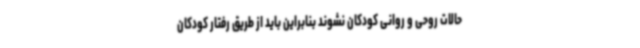
حالات روحی و روانی کودکان نشوند بنابراین باید از طریق رفتار کودکان